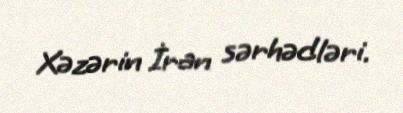
Xəzərin İran sərhədləri.